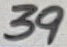
Text: 39